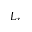
L _ { r }